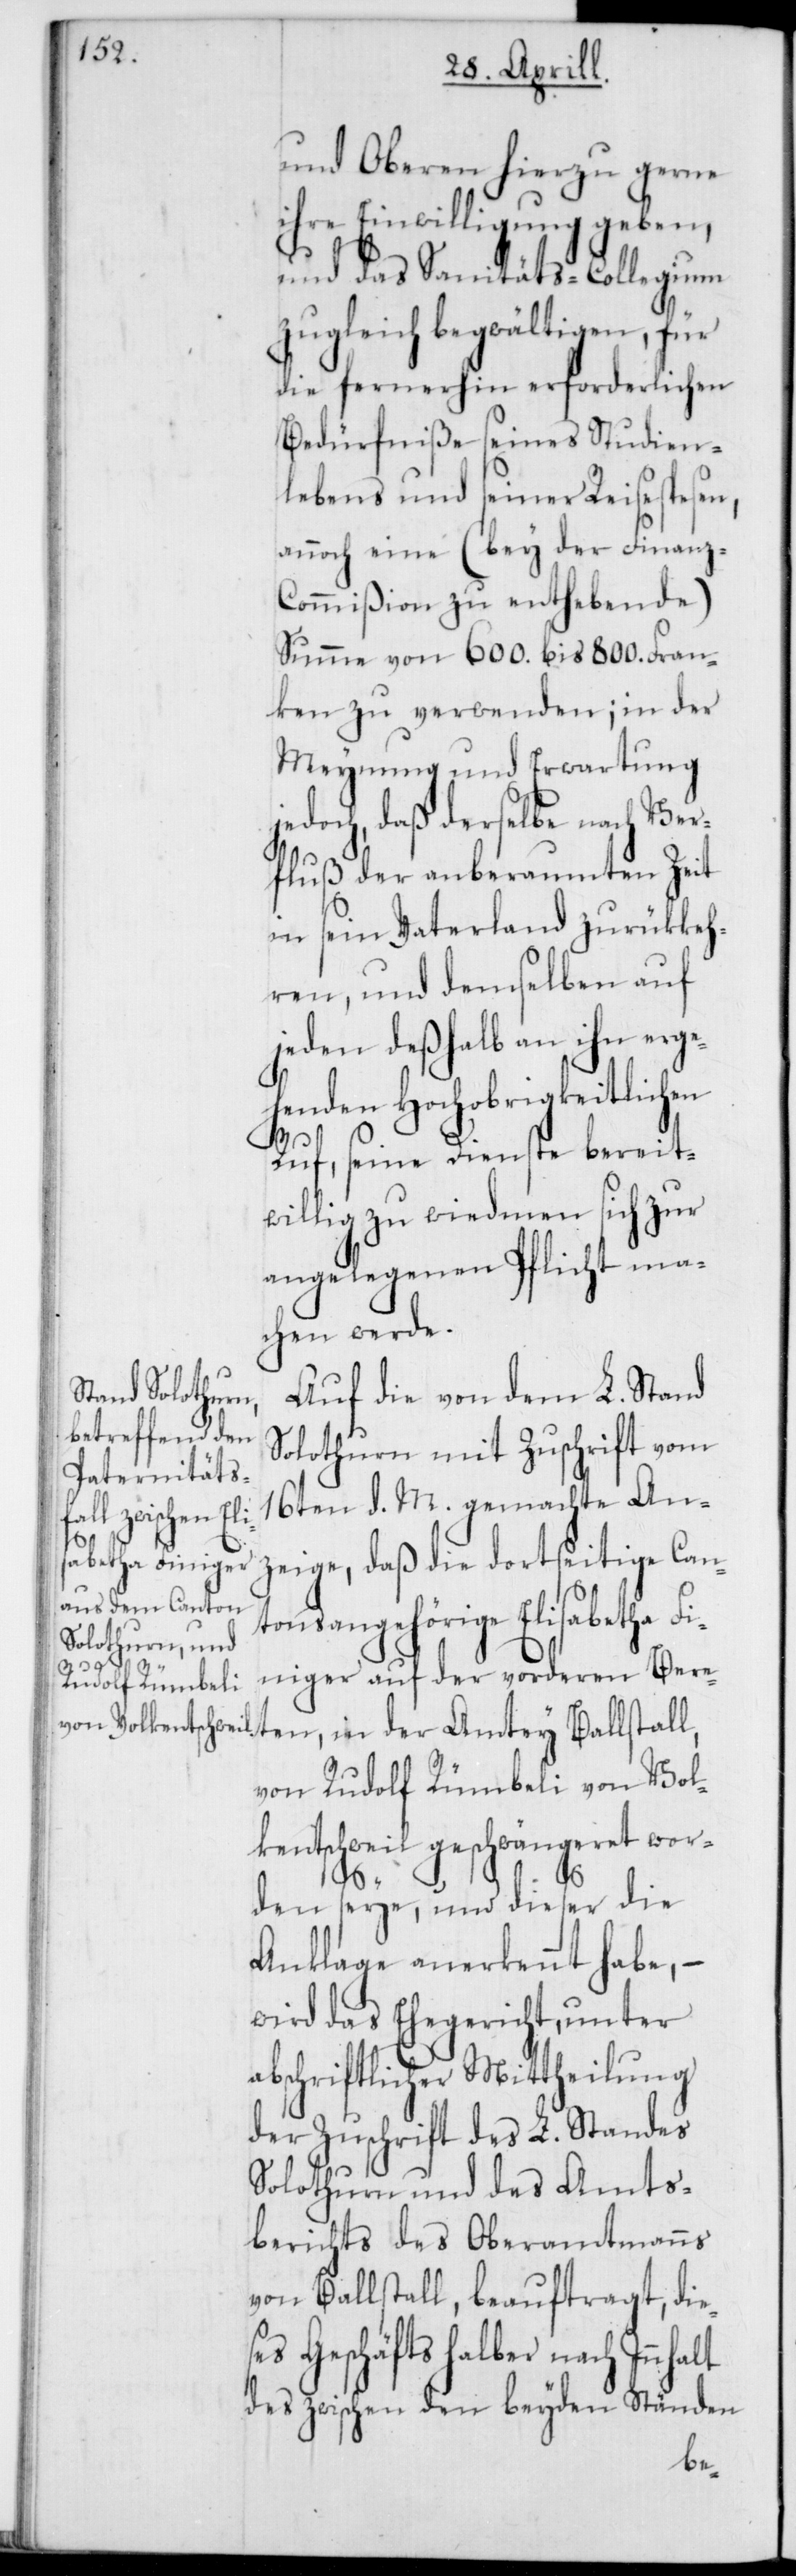
und Oberen hierzu gerne
ihre Einwilligung geben,
und das Sanitäts-Collegium
zugleich begwältigen, für
die fernerhin erforderlichen
Bedürfniße seines Studien¬
lebens und seiner Reisespesen,
annoch eine (bey der Finanz-C¬
ommißion zu enthebende)
Summe von 600. bis 800. Fran¬
ken zu verwenden; in der
Meynung und Erwartung
jedoch, daß derselbe nach Ver¬
fluß der anberaumten Zeit
in sein Vaterland zurückkeh¬
ren, und demselben auf
jede deßhalb an ihn erge¬
henden Hochobrigkeitlichen
Ruf, seine Dienste bereit¬
willig zu widmen sich zur
angelegenen Pflicht ma¬
chen werde.
Auf die von dem L. Stand
Solothurn mit Zuschrift vom
16ten d. M. gemachte An¬
ten, in der
zeige, daß die dortseitige Can¬
tonsangehörige Elisabetha F¬
iniger auf der vorderen Bere¬
von Rudolf Rümbeli von Vol¬
kentschweil geschwängeret wor¬
den seye, und dieser die
Anklage anerkennt habe, –
wird das Ehegericht unter
abschriftlicher Mittheilung
der Zuschrift des L. Standes
Solothurn und des Amts¬
berichts des Oberamtmanns
von Ballstall, beauftragt, die¬
ses Geschäfts halber nach Innhalt
des zwischen den beyden Ständen